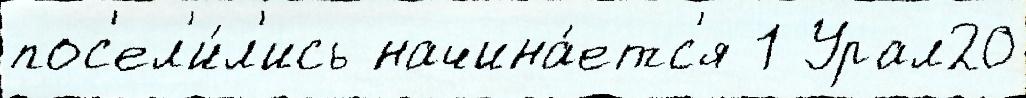
пос'ел'и́л'ись начина́етс'я 1 Урал20